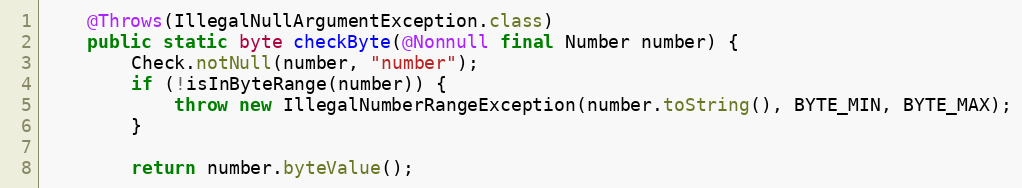
Language: Java
	@Throws(IllegalNullArgumentException.class)
	public static byte checkByte(@Nonnull final Number number) {
		Check.notNull(number, "number");
		if (!isInByteRange(number)) {
			throw new IllegalNumberRangeException(number.toString(), BYTE_MIN, BYTE_MAX);
		}

		return number.byteValue();